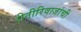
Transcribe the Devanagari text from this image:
रीतीरिवाजांची